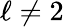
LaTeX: \ell\neq 2